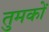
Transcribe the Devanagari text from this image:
तुमकों